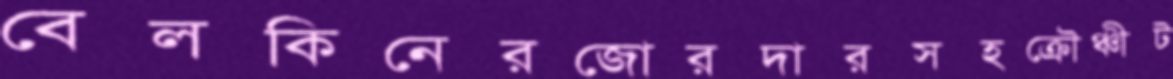
বেলকিনেরজোরদারসহক্রৌঞ্চীট